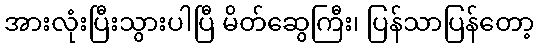
အားလုံးပြီးသွားပါပြီ မိတ်ဆွေကြီး၊ ပြန်သာပြန်တော့